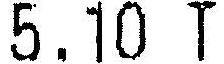
5.10 T